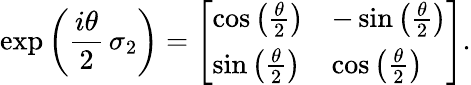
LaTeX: \exp\left({\frac{i\theta}{2}}\, \sigma_{2}\right)={\left[\begin{array}{ll}{\cos\left({\frac{\theta}{2}}\right)}&{-\sin\left({\frac{\theta}{2}}\right)}\\ {\sin\left({\frac{\theta}{2}}\right)}&{\cos\left({\frac{\theta}{2}}\right)}\end{array}\right]}.